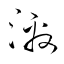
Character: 激